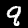
Digit: 9